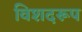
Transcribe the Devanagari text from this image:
विशदरूप